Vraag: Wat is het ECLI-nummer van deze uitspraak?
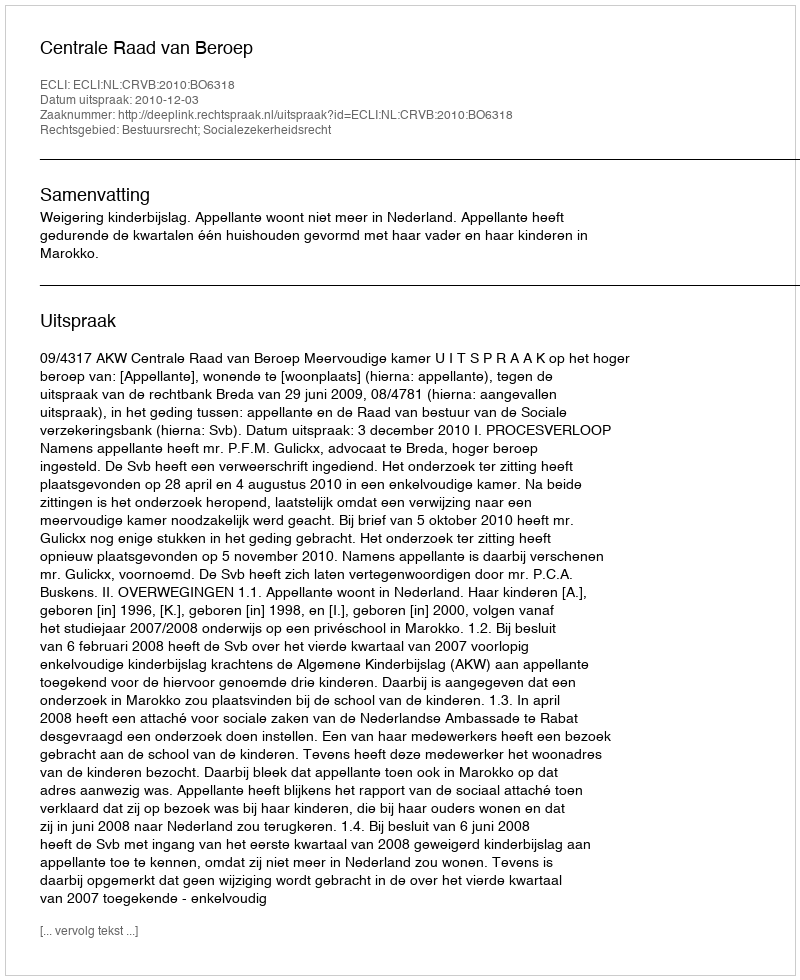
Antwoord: ECLI:NL:CRVB:2010:BO6318